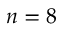
n = 8